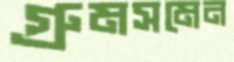
গ্রুমসমেন